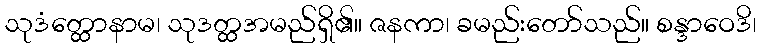
သုဒံတ္ထောနာမ၊ သုဒတ္ထအမည်ရှိ၏။ ဇနကာ၊ ခမည်းတော်သည်။ စန္ဒာဝေဒိ၊